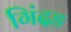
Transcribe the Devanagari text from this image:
गिंदङ